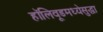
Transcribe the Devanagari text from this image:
हॉलिवूडमध्येसुद्धा